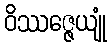
ဝိဿဇ္ဇေယျုံ